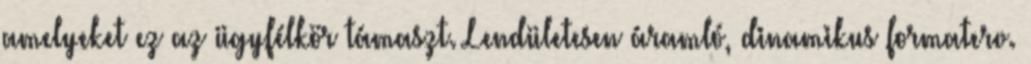
amelyeket ez az ügyfélkör támaszt. Lendületesen áramló, dinamikus formaterv.